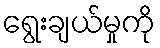
ရွေးချယ်မှုကို